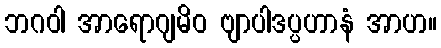
ဘဂဝါ အာရောဂျမိဝ ဗျာပါဒပ္ပဟာနံ အာဟ။